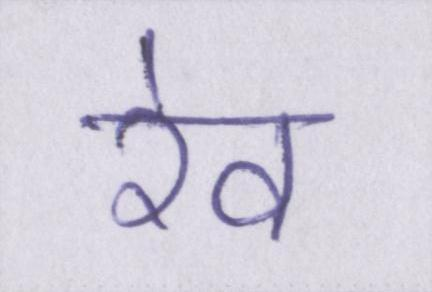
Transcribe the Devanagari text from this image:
रेव